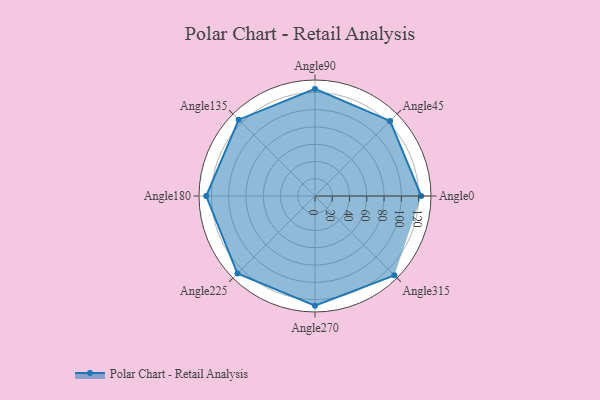
{"axis": {"x": "Angle", "y": "Radius"}, "legend": [""], "data": [{"x": "Angle0", "y": 123.0, "type": ""}, {"x": "Angle45", "y": 123.0, "type": ""}, {"x": "Angle90", "y": 124.0, "type": ""}, {"x": "Angle135", "y": 125.0, "type": ""}, {"x": "Angle180", "y": 126.0, "type": ""}, {"x": "Angle225", "y": 127.0, "type": ""}, {"x": "Angle270", "y": 127.0, "type": ""}, {"x": "Angle315", "y": 130.0, "type": ""}]}